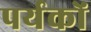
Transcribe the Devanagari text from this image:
पर्यकों